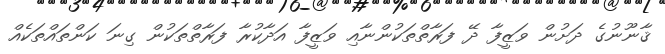
ޤާނޫނުގެ ދަށުން ވަޒީފާ ދޭ ފަރާތްތަކުންނާއި ވަޒީފާ އަދާކުރާ ފަރާތްތަކުން ގިނަ ކަންތައްތަކެއް